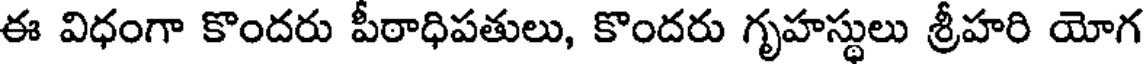
ఈ విధంగా కొందరు పీఠాధిపతులు, కొందరు గృహస్థులు శ్రీహరి యోగ